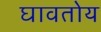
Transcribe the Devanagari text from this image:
घावतोय